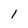
Character: l